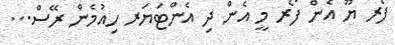
ފޯރ ޔޫ އެން ފޯރ މީ އެން ދި އެންޓަޔަރ ހިއުމެން ރޭސް...